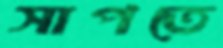
সাপতে